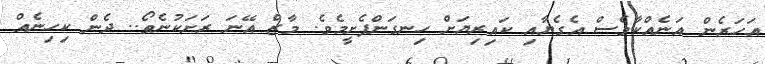
އަހަރެން އަނެއްކާވެސް އެގެޔާއި ކައިރިޔަށް ހިނގަންފެށީމެވެ. މާޒް އޭނަ ރަށަކުނެތޯ.. ދެން ކިހިނެއް